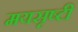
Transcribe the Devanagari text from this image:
मयसृष्टी